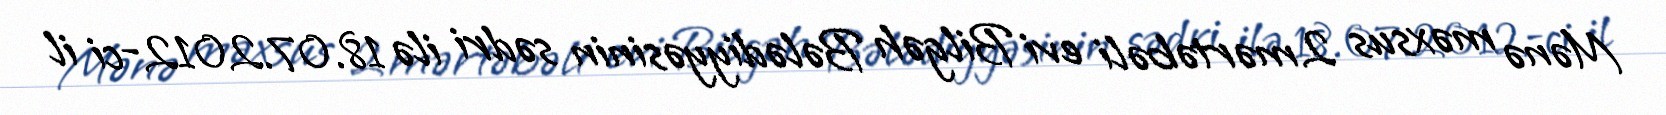
Mənə məxsus 2 mərtəbəli evi Bilgəh Bələdiyyəsinin sədri ilə 18.07.2012-ci il